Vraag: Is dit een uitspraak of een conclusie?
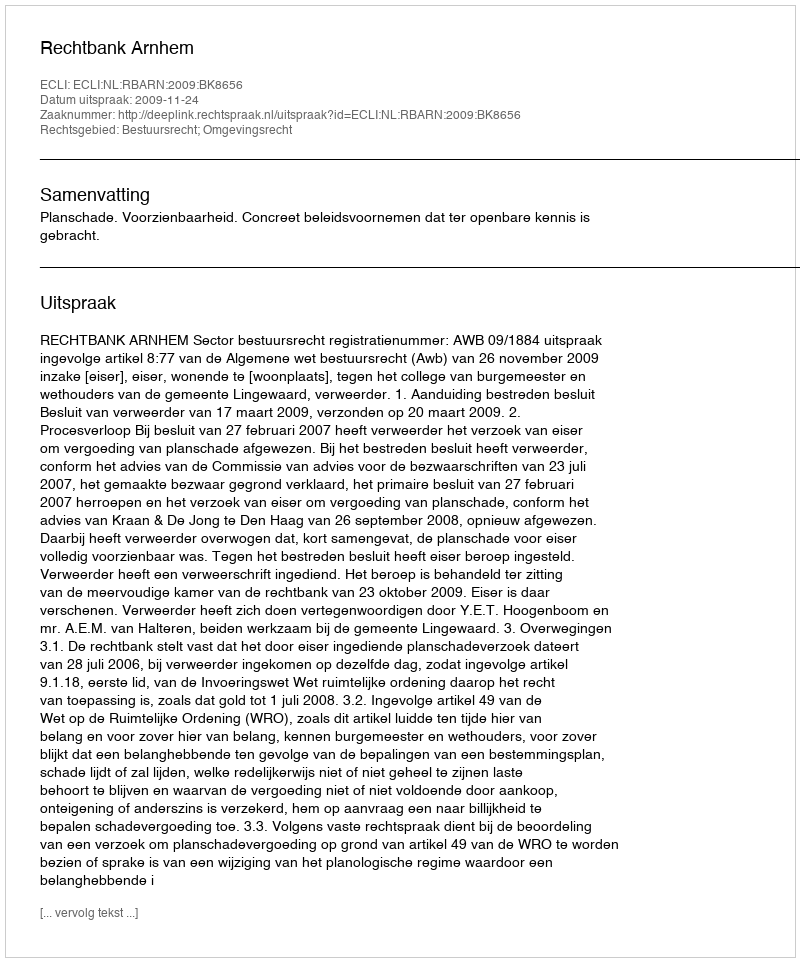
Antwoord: Uitspraak